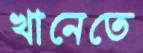
খানেতে